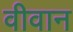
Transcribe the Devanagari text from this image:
वीवान